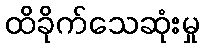
ထိခိုက်သေဆုံးမှု